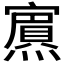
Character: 𭶞